Report of the Municipal Commissioner on the plague in Bombay for the year ending 31st May... - Volume 1
Disease focus: Plague
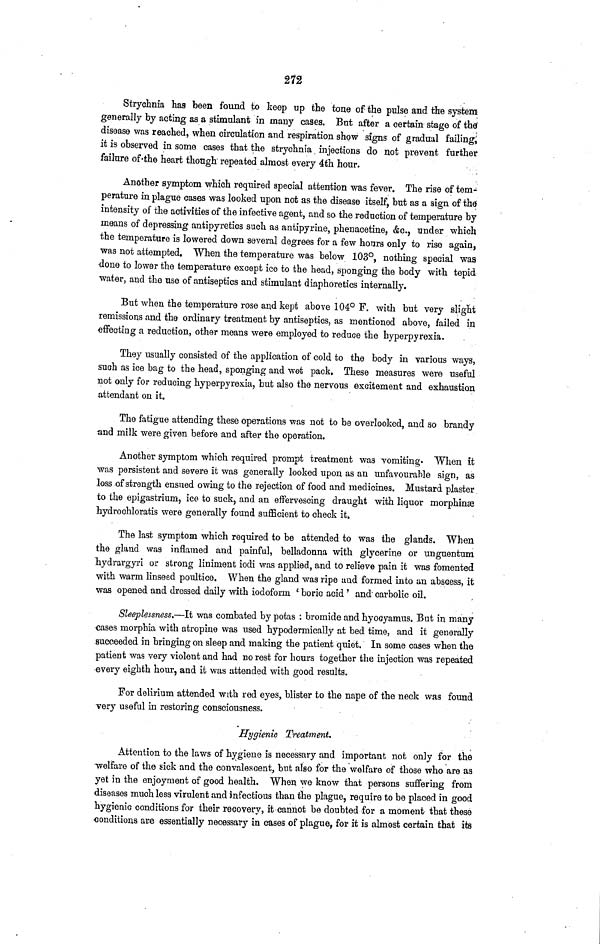
272
Strychnia has been found to keep up the tone of the pulse and the system
generally by acting as a stimulant in many cases. But after a certain stage of thd
disease was reached, when circulation and respiration show signs of gradual failing,
it is observed in some cases that the strychnia injections do not prevent further
failure of the heart though repeated almost every 4th hour.
Another symptom which required special attention was fever. The rise of tem-
perature in plague cases was looked upon not as the disease itself, but as a sign of the
intensity of the activities of the infective agent, and so. the reduction of temperature by
means of depressing antipyretics such as antipyrine, phenacetine, &c., under which
the temperature is lowered down several degrees for a few hours only to rise again,
was not attempted. When the temperature was below 103°, nothing special was
done to lower the temperature except ice to the head, sponging the body with tepid
water, and the use of antiseptics and stimulant diaphoretics internally.
But when the temperature rose and kept above 104° F. with but very slight
remissions and the ordinary treatment by antiseptics, as mentioned above, failed in
effecting a reduction, other means were employed to reduce the byperpyrexia.
They usually consisted of the application of cold to the body in various ways,
such as ice bag to the head, sponging and wet pack. These measures were useful
not only for reducing hyperpyrexia, but also the nervous excitement and exhaustion
attendant on it.
The fatigue attending these operations was not to be overlooked, and so brandy
and milk were given before and after the operation.
Another symptom which required prompt treatment was vomiting. When it
was persistent and severe it was generally looked upon as an unfavourable sign, as
loss of strength ensued owing to the rejection of food and medicines. Mustard plaster
to the epigastrium, ice to suck, and an effervescing draught with liquor morphinæ
hydrochloratis were generally found sufficient to check it.
The last symptom which required to be attended to was the glands. When
the gland was inflamed and painful, belladonna with glycerine or unguentum
laydrargyri or strong liniment iodi was applied, and to relieve pain it was fomented
with warm linseed poultice. When the gland was ripe and formed into an abscess, it
was opened and dressed daily with iodoform ' boric acid' and carbolic oil.
Sleeplessness.—It was combated by potas : bromide and hyocyamus. But in many
cases morphia with atropine was used hypodermically at bed time, and it generally
succeeded in bringing on sleep and making the patient quiet. In some cases when the
patient was very violent and had no rest for hours together the injection was repeated
every eighth hour, and it was attended with good results.
For delirium attended with red eyes, blister to the nape of the neck was found
very useful in restoring consciousness.
Hygienic Treatment.
Attention to the laws of hygiene is necessary and important not only for the
welfare of the sick and the convalescent, but also for the welfare of those who are as
yet in the enjoyment of good health. When we know that persons suffering from
diseases much less virulent and infectious than the plague, require to be placed in good
hygienic conditions for their recovery, it cannot be doubted for a moment that these
conditions are essentially necessary in cases of plague, for it is almost certain that its